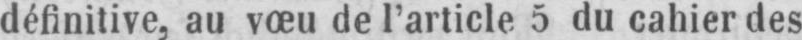
définitive, au vœu de l’article 5 du cahier des